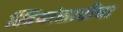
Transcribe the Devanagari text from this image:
स्त्रियांसाठीचा